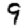
Digit: 9